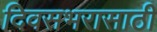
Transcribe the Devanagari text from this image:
दिवसभरासाठी